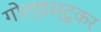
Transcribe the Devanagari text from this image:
गोल्डस्टूकर